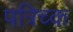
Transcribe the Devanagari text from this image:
पत्रिच्क